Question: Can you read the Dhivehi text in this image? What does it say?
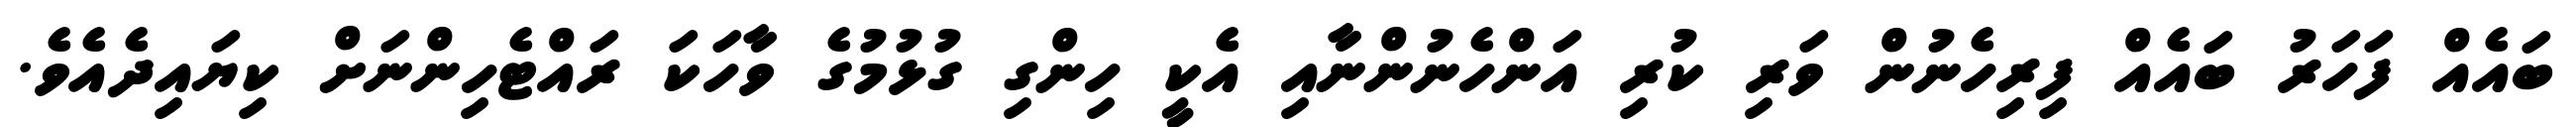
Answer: ބައެއް ފަހަރު ބައެއް ފިރިހެނުން ވަރި ކުރި އަންހެނުންނާއި އެކީ ހިންގި ގުޅުމުގެ ވާހަކަ ރައްޓެހިންނަށް ކިޔައިދެއެވެ.